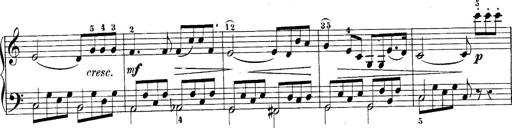
Title: 10 Sonatines progressives
Composer: Anton Schmoll